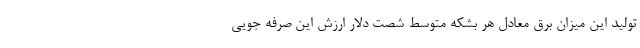
تولید این میزان برق معادل هر بشکه متوسط شصت دلار ارزش این صرفه جویی